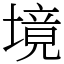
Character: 境